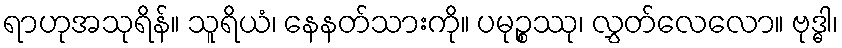
ရာဟုအသုရိန်။ သူရိယံ၊ နေနတ်သားကို။ ပမုဉ္စဿု၊ လွှတ်လေလော။ ဗုဒ္ဓါ၊